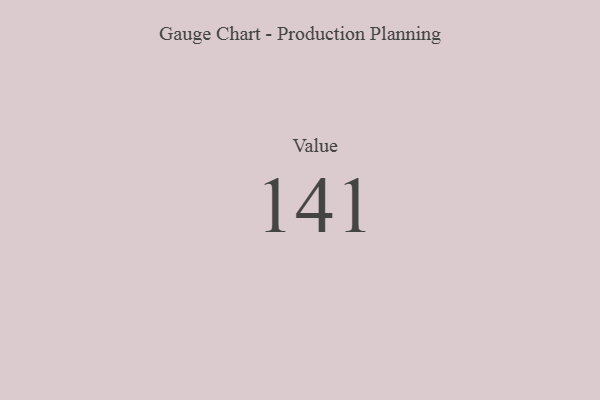
{"axis": {"x": "Metric", "y": "Value"}, "legend": [""], "data": [{"x": "Value", "y": 141, "type": ""}]}